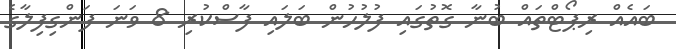
ބައެއް ރިޕޯޓްތައް ބުނާ ގޮތުގައި ފުލުހުން ބަލައި ފާސްކުރި 8 ވަނަ ފަންގިފިލާގެ